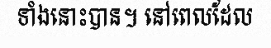
ទាំងនោះបាន។ នៅពេលដែល